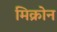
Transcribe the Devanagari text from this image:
मिक्रोन